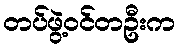
တပ်ဖွဲ့ဝင်တဦးက